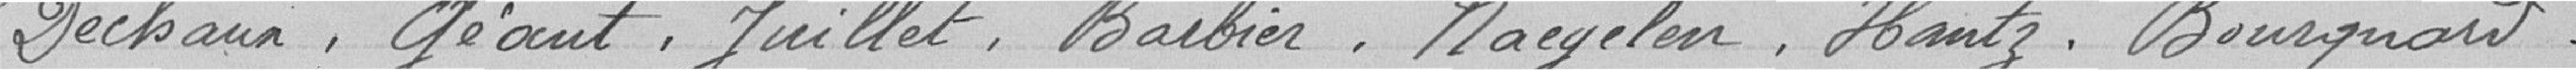
Dechaux, Géant, Juillet, Barbier, Naegelen, Hantz, Bourquard